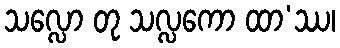
သလ္လော တု သလ္လကော ထာ’ဿ၊